Report on sanitation, dispensaries, and jails in Rajputana for 1915, and on vaccination for the year 1915-1916 - 1915-1916
Year: 1915
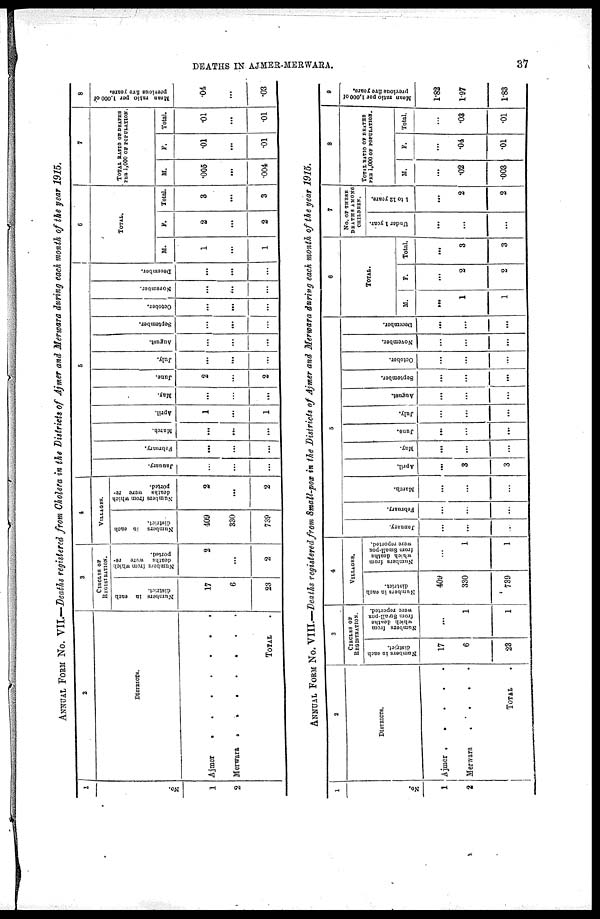
DEATHS IN AJMER-MERWARA.
37
ANNUAL FORM No. VII.—Deaths registered from Cholera in the Districts of Ajmer and Merwara during each month of the year 1915.
1
No.
1
2
2
DISTRICTS.
Ajmer
.
.
.
.
.
.
Merwara
.
.
.
.
TOTAL .
3
CIRCLES OF
REGISTRATION.
Numbers in each
17
6
23
Numbers from which
deaths were re-
ported.
2
...
2
4
VILLAGES.
Numbers in each
district.
409
330
739
Numbers from which
deaths were re-
ported.
2
...
2
5
January.
...
...
...
February.
...
...
...
March.
...
...
...
April.
1
...
1
May.
...
...
...
June.
2
...
2
July.
...
...
...
August.
...
...
...
September.
...
...
...
October.
...
...
...
November.
...
...
...
December.
...
...
...
6
TOTAL.
M.
1
...
1
F.
2
...
2
Total.
3
...
3
7
TOTAL RATIO OF DEATHS
PER 1,000 OF POPULATION.
M.
.005
...
.004
F.
.01
...
.01
Total.
.01
...
.01
8
Mean ratio per 1,000 of
previous five years.
.04
...
.03
ANNUAL FORM No. VIII.—Deaths registered from Small-pox in the Districts of Ajmer and Merwara during each month of the year 1915.
1
No.
1
2
2
DISTRICTS.
Ajmer . . . . . .
Merwara . . . .
TOTAL .
3
CIRCLES OF
REGISTRATION.
Numbers in each
district.
17
6
23
Numbers from
which deaths
from Small-pox
were reported.
...
1
1
4
VILLAGES.
Numbers in each
district.
409
330
739
Numbers from
which deaths
from Small-pox
were reported.
...
1
1
5
January.
...
...
.
February.
...
...
...
March.
...
...
...
April.
...
3
3
May.
...
...
...
June.
...
...
...
July.
...
...
...
August.
...
...
...
September.
...
...
...
October.
...
...
...
November.
...
...
...
December.
...
...
...
6
TOTAL.
M.
...
1
1
F.
...
2
2
Total.
...
3
3
7
No. OF THESE
DEATHS AMONG
CHILDREN.
Under 1 year.
...
...
...
1 to 12 years.
...
2
2
8
TOTAL RATIO OF DEATHS
PER 1,000 OF POPULATION.
M.
...
.02
003
F.
...
.04
.01
Total.
...
.03
.01
9
Mean ratio per 1,000 of
previous five years.
1.82
1.97
1.83